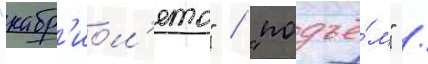
"кабр'иол'ето" / "подъё́м" /